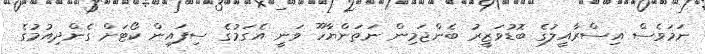
ނަމަވެސް އިސްރާއީލުގެ ބޮޑުވަޒީރު ބެންޖަމިން ނަތަންޔާހޫ ވަނީ އެގަމުގެ ސިފައިން ކޯޓަށް ގެންދިއުމުގެ